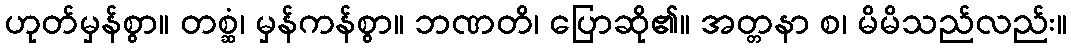
ဟုတ်မှန်စွာ။ တစ္ဆံ၊ မှန်ကန်စွာ။ ဘဏတိ၊ ပြောဆို၏။ အတ္တနာ စ၊ မိမိသည်လည်း။